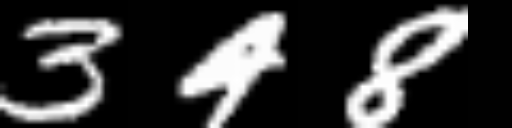
Text: 348